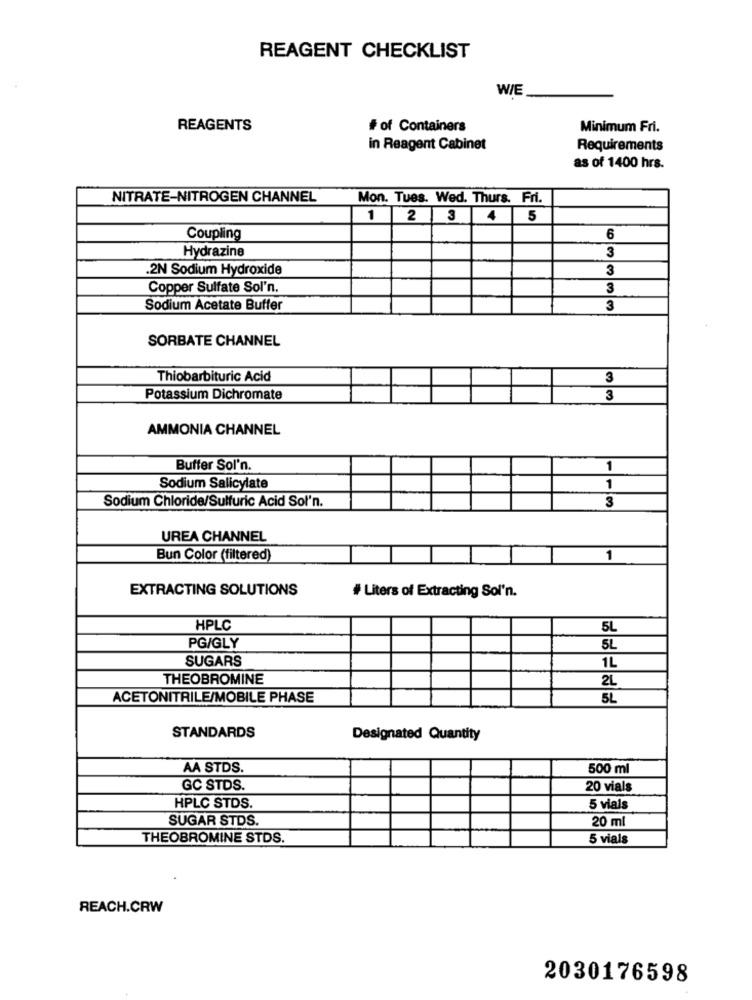
REAGENT CHECKLIST
W/E
REAGENTS
# of Containers
Minimum Fri.
in Reagent Cabinet
Requirements
as of 1400 hrs.
NITRATE-NITROGEN CHANNEL
Mon. Tues. Wed, Thurs. Fri.
1
2
3
4
5
Coupling
6
Hydrazine
3
.2N Sodium Hydroxide
3
Copper Sulfate Sol'n.
3
Sodium Acetate Buffer
3
SORBATE CHANNEL
Thiobarbituric Acid
3
Potassium Dichromate
3
AMMONIA CHANNEL
Buffer Sol'n.
1
Sodium Salicylate
1
Sodium Chloride/Sulfuric Acid Sol'n.
3
UREA CHANNEL
Bun Color (filtered)
1
EXTRACTING SOLUTIONS
# Liters of Extracting Sol'n.
HPLC
5L
PG/GLY
5L
SUGARS
1L
THEOBROMINE
2L
ACETONITRILE/MOBILE PHASE
5L
STANDARDS
Designated Quantity
AA STDS.
500 ml
GC STDS.
20 vials
HPLC STDS.
5 vials
SUGAR STDS.
20 ml
THEOBROMINE STDS.
5 vials
REACH.CRW
2030176598